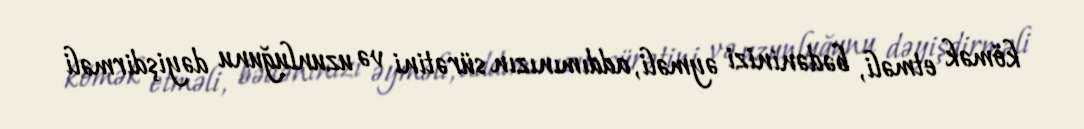
kömək etməli, bədəninizi əyməli, addımınızın sürətini və uzunluğunu dəyişdirməli